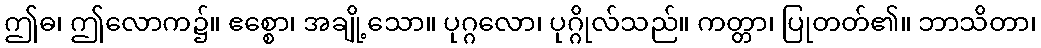
ဤဓ၊ ဤလောက၌။ ဧစ္စော၊ အချို့သော။ ပုဂ္ဂလော၊ ပုဂ္ဂိုလ်သည်။ ကတ္တာ၊ ပြုတတ်၏။ ဘာသိတာ၊